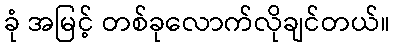
ခုံ အမြင့် တစ်ခုလောက်လိုချင်တယ်။